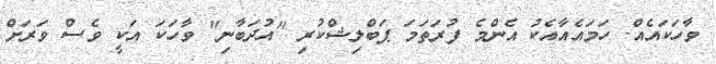
ވާހަކައެއް. ހަމައެއާއެކު އެންމެ ފުރަތަމަ ޕަބްލިޝްކުރި "އުދަބާނި" ވާހަކަ އަކީ ވެސް ވަރަށް